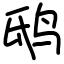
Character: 鸱